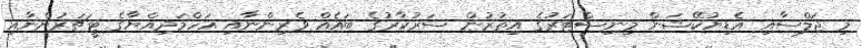
މި ޖަލްސާއި އެޑިޔުކޭޝަން މިނިސްޓަރުގެ އިތުރުން ސަރުކާރުގެ ބައެއް ވެރިންނާއި އަހްމަދިއްޔާގެ ޓީޗަރުންނާއި